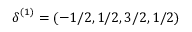
\boldsymbol { \delta } ^ { ( 1 ) } = ( - 1 / 2 , 1 / 2 , 3 / 2 , 1 / 2 )